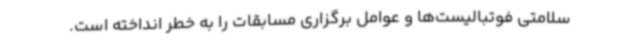
سلامتی فوتبالیست‌ها و عوامل برگزاری مسابقات را به خطر انداخته است.